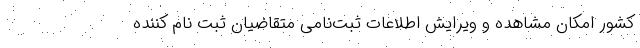
کشور امکان مشاهده و ویرایش اطلاعات ثبت‌نامی متقاضیان ثبت نام کننده